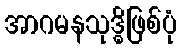
အာဂမနသုဒ္ဓိဖြစ်ပုံ